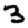
Digit: 3